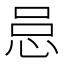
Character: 𪫰